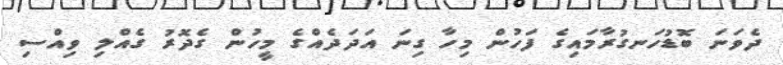
ދެވަނަ ބޮޑުހަނގުރާމައިގެ ފަހުން މިހާ ގިނަ އަދަދެއްގެ މީހުން ގެދޮރު ގެއްލި ވިއްސި